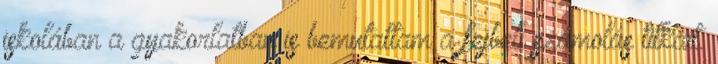
iskolában a gyakorlatban is bemutattam a fejbeli számolás titkait.